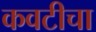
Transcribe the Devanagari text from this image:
कवटीचा